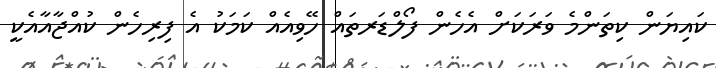
ކައިޔަން ކިތަންމެ ވަރަކަށް އެހެން ފޯލްޑަރތައް ހޭވިއެއް ކަމަކު އެ ފިރިހެން ކުއްޖާއާއެކީ